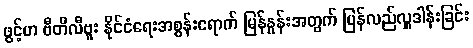
ဖွင့်ဟ ဗီတီလီဗူး နိုင်ငံရေးအစွန်းရောက် မြန်နှုန်းအတွက် ပြန်လည်လှူဒါန်းခြင်း